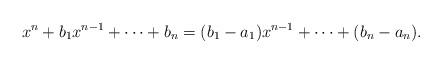
LaTeX: \begin{align*} x^n+b_1x^{n-1}+\cdots+b_n=(b_1-a_1)x^{n-1}+\cdots+(b_n-a_n). \end{align*}